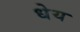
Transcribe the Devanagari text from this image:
धेय